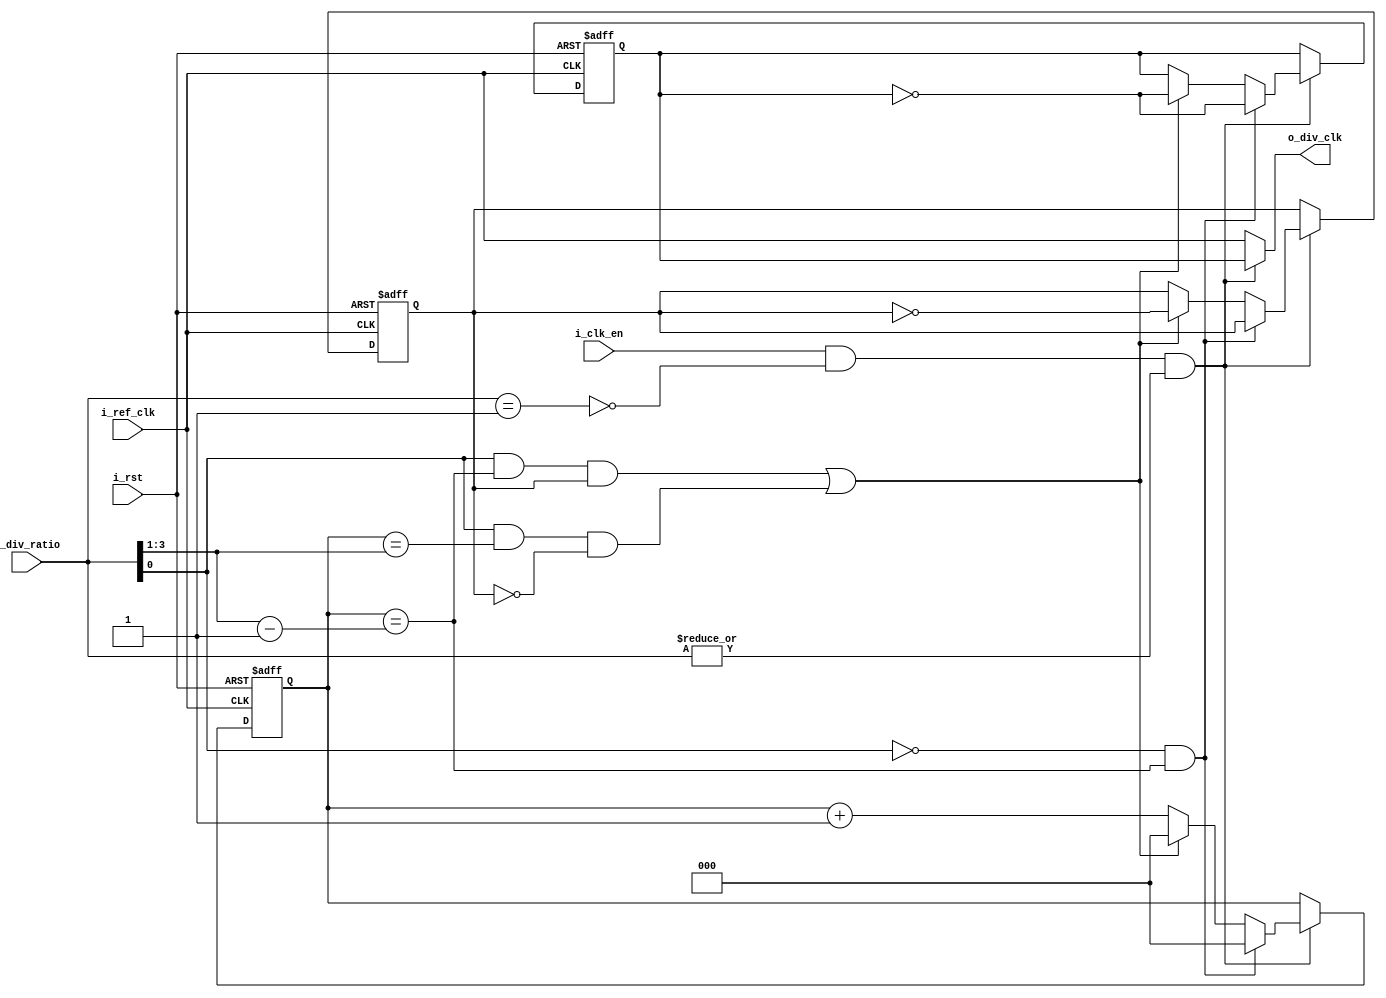

module ClkDiv #( 
 parameter RATIO_WD = 4 
)
(
 input  wire                   i_ref_clk ,             // Reference clock
 input  wire                   i_rst ,                 // Reset Signal
 input  wire                   i_clk_en,               // clock divider enable
 input  wire [RATIO_WD-1 : 0] i_div_ratio,            // clock division ratio
 output wire                   o_div_clk               // Divided clock
);



reg  [RATIO_WD-2 : 0]  count ;
wire [RATIO_WD-2 :0]   edge_flip_half ;  
wire [RATIO_WD-2 :0]   edge_flip_full ;                                                                        
reg                    div_clk ;
reg                    odd_edge_tog ;               
wire                   is_one ;
wire                   is_zero;
wire                   clk_en;
wire                   is_odd;



always @(posedge i_ref_clk or negedge i_rst)               // counter reset condition 
 begin : counter_proc
  if(!i_rst)
   begin
    count <= 0 ;
	div_clk <= 0 ;	
    odd_edge_tog <= 1 ;
   end
    else if(clk_en) 
     begin
      if(!is_odd && (count == edge_flip_half))              // even edge flip condition 
       begin
        count <= 0 ;                                        // reset counter
        div_clk <= ~div_clk ;                               // clock inversion		
       end
      else if((is_odd && (count == edge_flip_half) && odd_edge_tog ) || (is_odd && (count == edge_flip_full) && !odd_edge_tog ))  // odd edge flip condition
       begin  
        count <= 0 ;                                        // reset counter
        div_clk <= ~div_clk ;		                        // clock inversion
        odd_edge_tog <= ~odd_edge_tog ;                      
       end
    else
     count <= count + 1'b1 ;
   end
 end



assign is_odd = i_div_ratio[0] ;
assign edge_flip_half = ((i_div_ratio >> 1) - 1 ) ;
assign edge_flip_full = (i_div_ratio >> 1) ;

assign is_zero = ~|i_div_ratio ;                               // check if ratio equals to 0 
assign is_one  = (i_div_ratio == 1'b1) ;                       // check if ratio equals to 1 
assign clk_en = i_clk_en & !is_one & !is_zero;                 // Enable if div_ratio not equal to 0 or 1 and block is enabled
assign o_div_clk = clk_en ? div_clk : i_ref_clk ;              // if clock divider is disabled : generated clock is the reference clock


endmodule